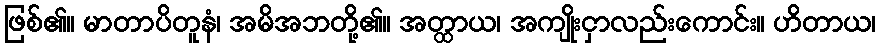
ဖြစ်၏။ မာတာပိတူနံ၊ အမိအဘတို့၏။ အတ္ထာယ၊ အကျိုးငှာလည်းကောင်း။ ဟိတာယ၊